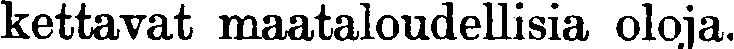
kettavat maataloudellisia oloja.